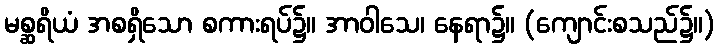
မစ္ဆရိယံ အစရှိသော စကားရပ်၌။ အာဝါသေ၊ နေရာ၌။ (ကျောင်းစသည်၌။)